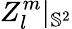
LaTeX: Z_{l}^{m}|_{\mathbb{S}^{2}}